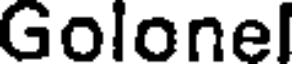
Golonel